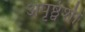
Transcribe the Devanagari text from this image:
अपृष्ठ्वंशी